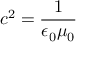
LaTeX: c ^ { 2 } = { \frac { 1 } { \epsilon _ { 0 } \mu _ { 0 } } }